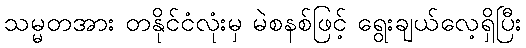
သမ္မတအား တနိုင်ငံလုံးမှ မဲစနစ်ဖြင့် ရွေးချယ်လေ့ရှိပြီး